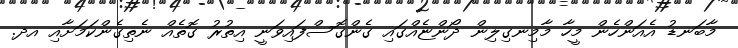
މާބަނޑު އެއަންހެން މީހާ މާމިނގިލިން ދޯންޏެއްގައި ގެންގޮސްފައިވަނީ އިތުރު ގޮތެއް ނެތިގެންކަމަށާއި އދ.